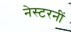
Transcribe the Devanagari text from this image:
नेस्टरनीं